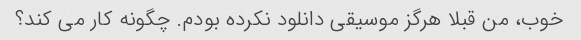
خوب، من قبلا هرگز موسیقی دانلود نکرده بودم. چگونه کار می کند؟